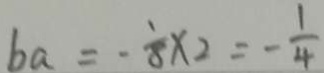
b a = - \frac { 1 } { 8 } \times 2 = - \frac { 1 } { 4 }